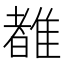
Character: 𬯯